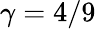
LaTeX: \gamma=4/9